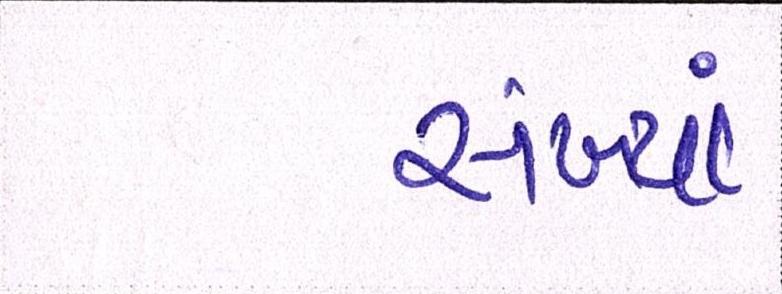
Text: સંખ્યાં